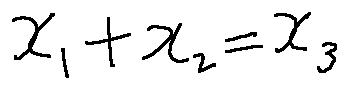
x _ { 1 } + x _ { 2 } = x _ { 3 }